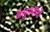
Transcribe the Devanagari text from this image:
अलुमनीयों